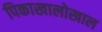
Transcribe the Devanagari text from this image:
पिकाखालोखाल